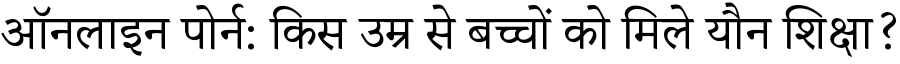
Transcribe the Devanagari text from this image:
ऑनलाइन पोर्न: किस उम्र से बच्चों को मिले यौन शिक्षा?